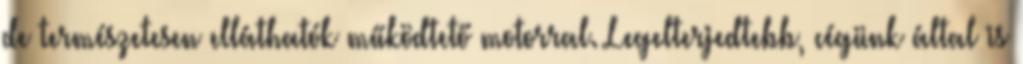
de természetesen elláthatók működtető motorral. Legelterjedtebb, cégünk által is